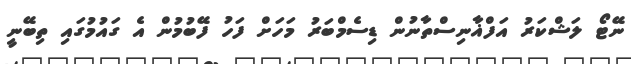
ނޭޓޯ ލަޝްކަރު އަފްޣާނިސްތާނުން ޑިސެމްބަރު މަހަށް ފަހު ފޭބުމުން އެ ގައުމުގައި ތިބޭނީ